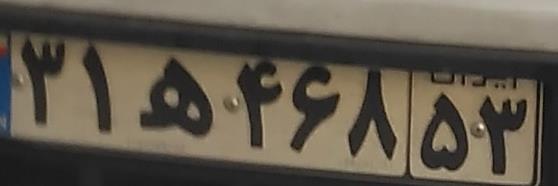
۳۱ه۴۶۸۵۳